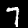
Digit: 7